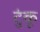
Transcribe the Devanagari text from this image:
टुंकू